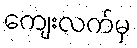
ကျေးလက်မှ